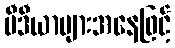
မီဒီယာများအနေဖြင့်